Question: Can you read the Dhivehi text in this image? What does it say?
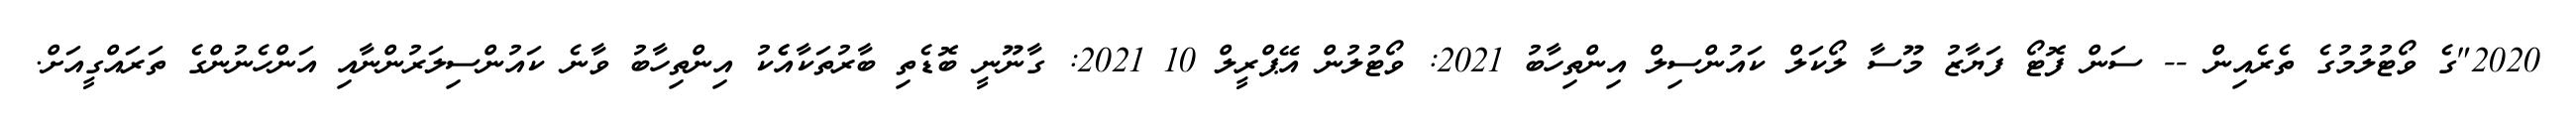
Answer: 2020"ގެ ވޯޓުލުމުގެ ތެރެއިން -- ސަން ފޮޓޯ ފަޔާޒު މޫސާ ލޯކަލް ކައުންސިލް އިންތިހާބު 2021: ވޯޓުލުން އޭޕްރީލް 10 2021: ގާނޫނީ ބޮޑެތި ބާރުތަކާއެެކު އިންތިހާބު ވާނެ ކައުންސިލަރުންނާއި އަންހެނުންގެ ތަރައްގީއަށް.